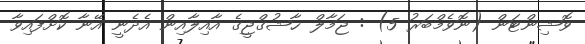
ވޮޝިންޓަން (ނޮވެމްބަރު 5) : ޖަމާލް ޚާޝުގްޖީގެ އާއިލާއިން އެދެނީ އޭނާ ކޮށްފައިވާ